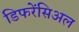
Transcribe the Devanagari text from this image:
डिफरेंसिअल